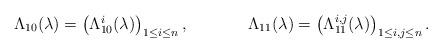
LaTeX: \begin{align*}\Lambda_{10}(\lambda)&=\begin{pmatrix}\Lambda_{10}^i(\lambda) \end{pmatrix}_{1\leq i \leq n}, & \Lambda_{11}(\lambda) & = \begin{pmatrix} \Lambda_{11}^{i,j}(\lambda)\end{pmatrix}_{1\leq i,j \leq n}. \end{align*}